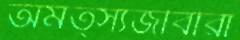
অমত্স্যজীবীরা